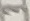
Text: 3